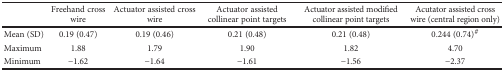
|  | Freehand cross wire | Actuator assisted cross wire | Actuator assisted collinear point targets | Actuator assisted modified collinear point targets | Acutator assisted cross wire (central region only) |
 | --- | --- | --- | --- | --- | --- |
 | Mean (SD) | 0.19 (0.47) | 0.19 (0.46) | 0.21 (0.48) | 0.21 (0.48) | 0.244 (0.74)# |
 | Maximum | 1.88 | 1.79 | 1.90 | 1.82 | 4.70 |
 | Minimum | −1.62 | −1.64 | −1.61 | −1.56 | −2.37 |